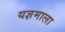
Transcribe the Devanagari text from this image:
यज्ञमाला